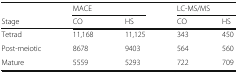
|  | <COLSPAN=2> MACE | <COLSPAN=2> LC-MS/MS |
 | Stage | CO | HS | CO | HS |
 | --- | --- | --- | --- | --- |
 | Tetrad | 11,168 | 11,125 | 343 | 450 |
 | Post-meiotic | 8678 | 9403 | 564 | 560 |
 | Mature | 5559 | 5293 | 722 | 709 |